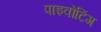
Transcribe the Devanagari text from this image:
पाइवोटिंग